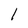
Character: 1